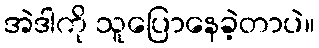
အဲဒါကို သူပြောနေခဲ့တာပဲ။